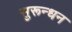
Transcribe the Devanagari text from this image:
सुरून्धन